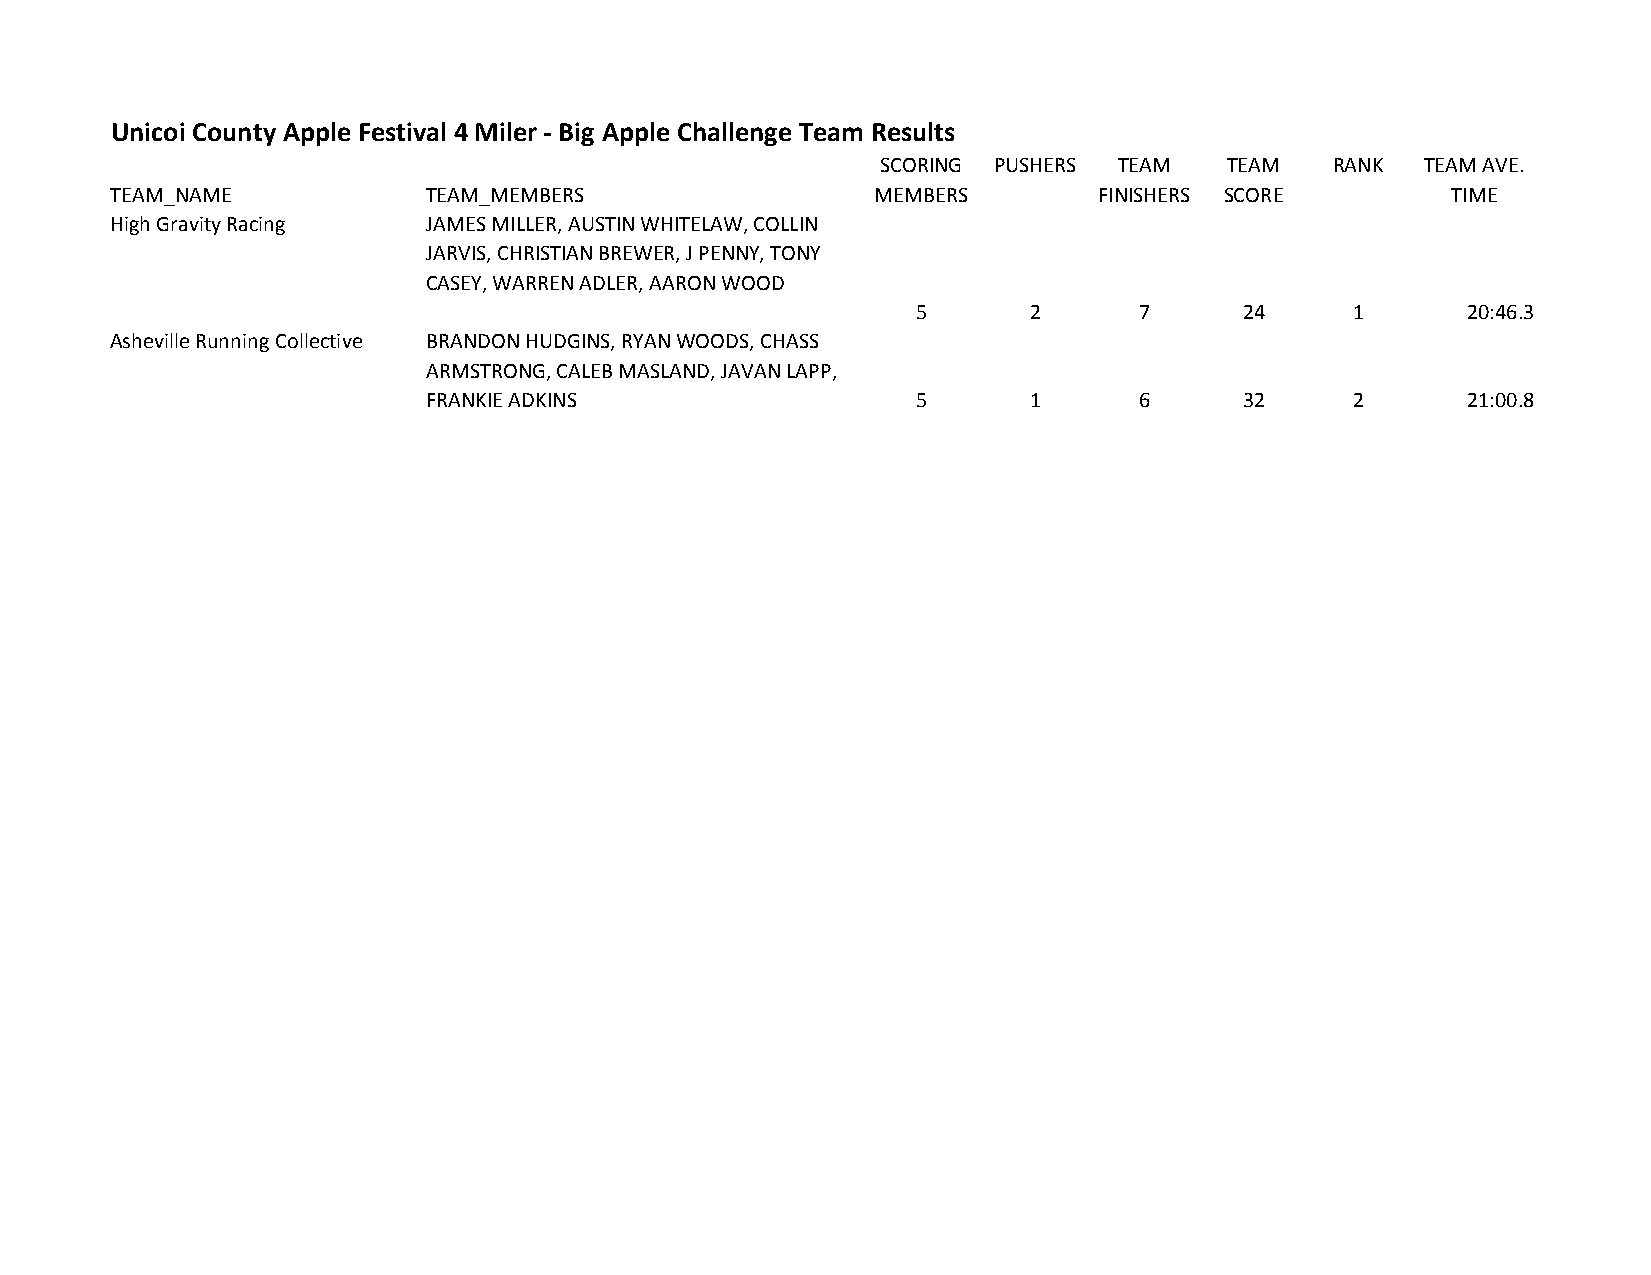
Unicoi County Apple Festival 4 Miler - Big Apple Challenge Team Results
 SCORING PUSHERS TEAM   TEAM   RANK  TEAM AVE.
 TEAM_NAME            TEAM_MEMBERS                  MEMBERS        FINISHERS SCORE        TIME
 High Gravity Racing  JAMES MILLER, AUSTIN WHITELAW, COLLIN
 JARVIS, CHRISTIAN BREWER, J PENNY, TONY
 CASEY, WARREN ADLER, AARON WOOD
 5      2      7      24      1      20:46.3
 Asheville Running Collective BRANDON HUDGINS, RYAN WOODS, CHASS
 ARMSTRONG, CALEB MASLAND, JAVAN LAPP,
 FRANKIE ADKINS                   5      1      6      32      2      21:00.8